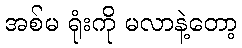
အစ်မ ရုံးကို မလာနဲ့တော့